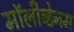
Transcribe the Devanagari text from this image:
मॉलीब्डेनम